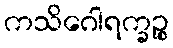
ကသိဂေါရက္ခဉ္စ